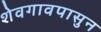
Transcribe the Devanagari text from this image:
शेवगावपासुन